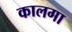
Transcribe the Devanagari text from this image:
कालगा